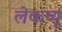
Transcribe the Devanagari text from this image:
लेकव्यू